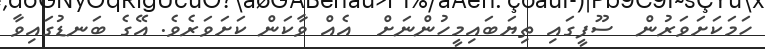
ހަމަކަށަވަރުން  ސޫފީގައި ތިޔަބައިމީހުންނަށް  އެއް ވާކަން ކަށަވަރެވެ. އޭގެ ބަނޑުގައިވާ